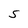
Character: S